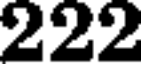
222